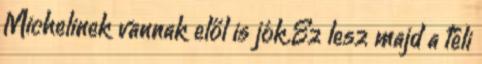
Michelinek vannak elől is jók.Ez lesz majd a téli